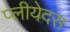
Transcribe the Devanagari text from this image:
प्लीयेदस